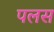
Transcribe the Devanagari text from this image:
पलस